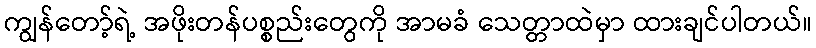
ကျွန်တော့်ရဲ့ အဖိုးတန်ပစ္စည်းတွေကို အာမခံ သေတ္တာထဲမှာ ထားချင်ပါတယ်။